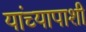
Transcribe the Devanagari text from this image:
यांच्यापाशी